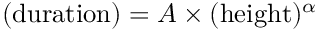
( \mathrm { d u r a t i o n } ) = A \times ( \mathrm { h e i g h t } ) ^ { \alpha }